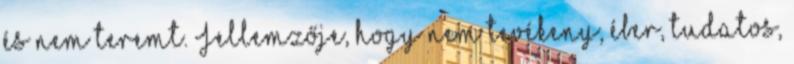
és nem teremt. Jellemzője, hogy nem tevékeny, éber, tudatos,